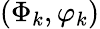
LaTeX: (\Phi_{k},\varphi_{k})